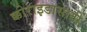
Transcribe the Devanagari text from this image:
क्कोराइडासाठी